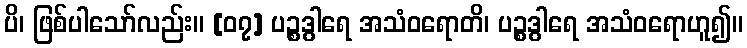
ပိ၊ ဖြစ်ပါသော်လည်း။ [၀၇] ပဉ္စဒွါရေ အသံဝရောတိ၊ ပဉ္စဒွါရေ အသံဝရောဟူ၍။